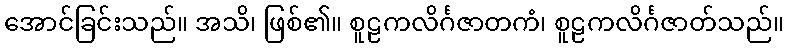
အောင်ခြင်းသည်။ အသိ၊ ဖြစ်၏။ စူဠကလိင်္ဂဇာတကံ၊ စူဠကလိင်္ဂဇာတ်သည်။